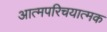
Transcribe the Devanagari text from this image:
आत्मपरिचयात्मक